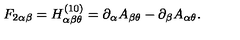
F _ { 2 \alpha \beta } = H _ { \alpha \beta \theta } ^ { ( 1 0 ) } = \partial _ { \alpha } A _ { \beta \theta } - \partial _ { \beta } A _ { \alpha \theta } .